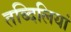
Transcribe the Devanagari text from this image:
तब्दिलियां